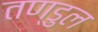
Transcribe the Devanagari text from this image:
तण्डुल